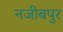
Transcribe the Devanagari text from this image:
नजीबपुर